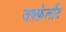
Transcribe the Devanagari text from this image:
जफ़्फ़ेर्लोट